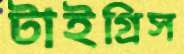
টাইগ্রিস